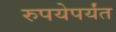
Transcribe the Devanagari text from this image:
रुपयेपर्यंत